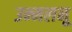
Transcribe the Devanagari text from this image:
उन्मलनू